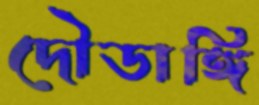
দৌডাঙ্গি